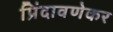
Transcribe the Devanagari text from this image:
प्रिंदावणेकर